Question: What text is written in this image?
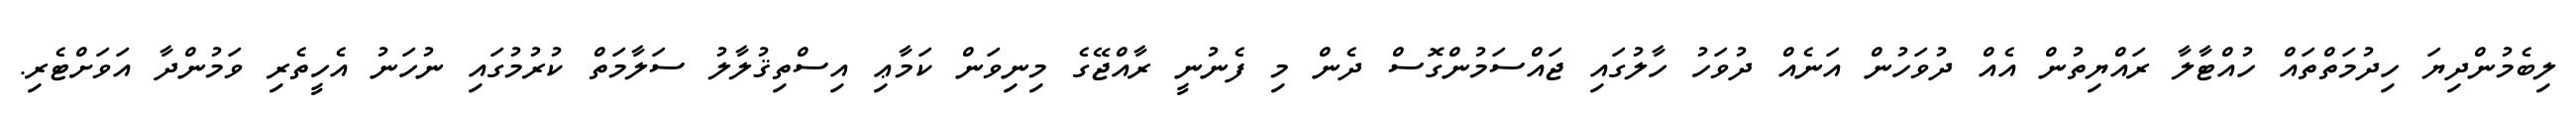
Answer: ލިބެމުންދިޔަ ހިދުމަތްތައް ހުއްޓާލާ ރައްޔިތުން އެއް ދުވަހުން އަނެއް ދުވަހު ހާލުގައި ޖައްސަމުންގޮސް ދެން މި ފެނުނީ ރާއްޖޭގެ މިނިވަން ކަމާޢި އިސްތިޤުލާލު ސަލާމަތް ކުރުމުގައި ނުހަނު އެހީތެރި ވަމުންދާ އަވަށްޓެރި.